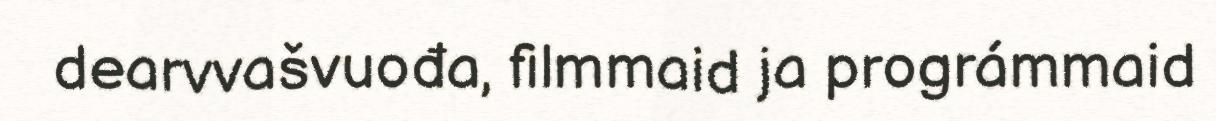
dearvvašvuođa, filmmaid ja prográmmaid